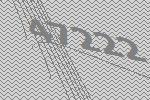
47222